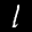
Label: 1